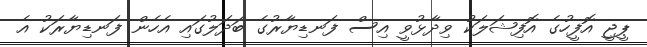
ޕީޖީ އޮފީހުގެ އޮފިޝަލަކު ވިދާޅުވީ އިސް ފަނޑިޔާރުގެ ބަދަލުގައި އެހެން ފަނޑިޔާރަކު އެ